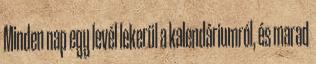
Minden nap egy levél lekerül a kalendáriumról, és marad